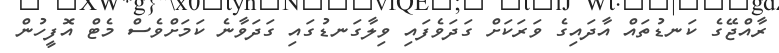
ރާއްޖޭގެ ކަނޑުތައް އާދައިގެ ވަރަކަށް ގަދަވެފައި ވިލާގަނޑުގައި ގަދަވާނެ ކަމަށްވެސް މެޓް އޮފީހުން